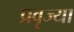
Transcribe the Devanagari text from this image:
प्रवृज्या